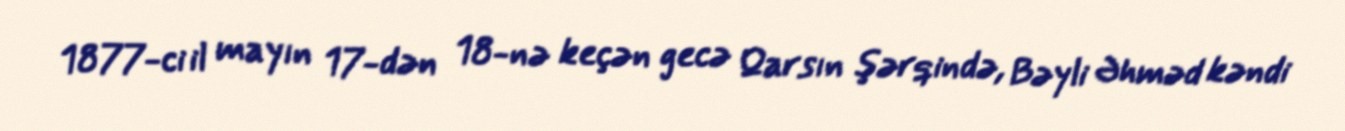
1877-ci il mayın 17-dən 18-nə keçən gecə Qarsın şərqində, Bəyli Əhməd kəndi